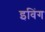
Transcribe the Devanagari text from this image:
इविंग